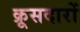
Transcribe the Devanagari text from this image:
क्रूसदारों